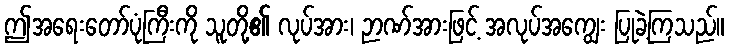
ဤအရေးတော်ပုံကြီးကို သူတို့၏ လုပ်အား၊ ဉာဏ်အားဖြင့် အလုပ်အကျွေး ပြုခဲ့ကြသည်။